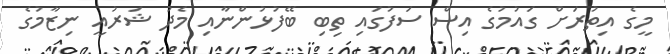
މީގެ އިތުރަށް ގައުމުގެ އިސް ސަފުގައި ތިބި ބޭފުޅުންނާއި މެދު ޝަރުއީ ނިޒާމުގެ